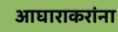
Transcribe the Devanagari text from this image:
आघाराकरांना